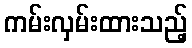
ကမ်းလှမ်းထားသည့်